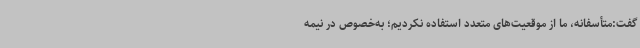
گفت:متأسفانه، ما از موقعیت‌های متعدد استفاده نکردیم؛ به‌خصوص در نیمه